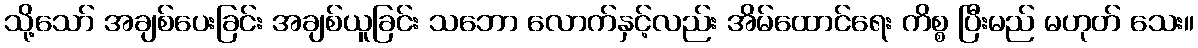
သို့သော် အချစ်ပေးခြင်း အချစ်ယူခြင်း သဘော လောက်နှင့်လည်း အိမ်ထောင်ရေး ကိစ္စ ပြီးမည် မဟုတ် သေး။